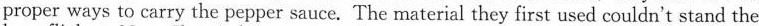
proper ways to carry the pepper sauce. The material they first used couldn't stand the